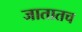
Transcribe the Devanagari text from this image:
जातातच